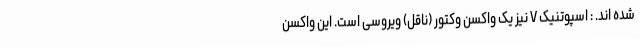
شده اند. : اسپوتنیک V نیز یک واکسن وکتور (ناقل) ویروسی است. این واکسن